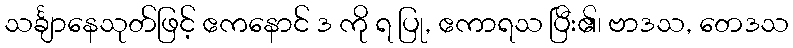
သင်္ချာနေသုတ်ဖြင့် ဧကနောင် ဒ ကို ရ ပြု, ဧကာရသ ပြီး၏၊ ဗာဒသ, တေဒသ